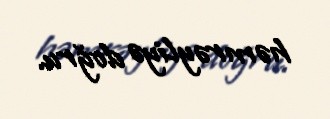
həmrəyliyə doğru.